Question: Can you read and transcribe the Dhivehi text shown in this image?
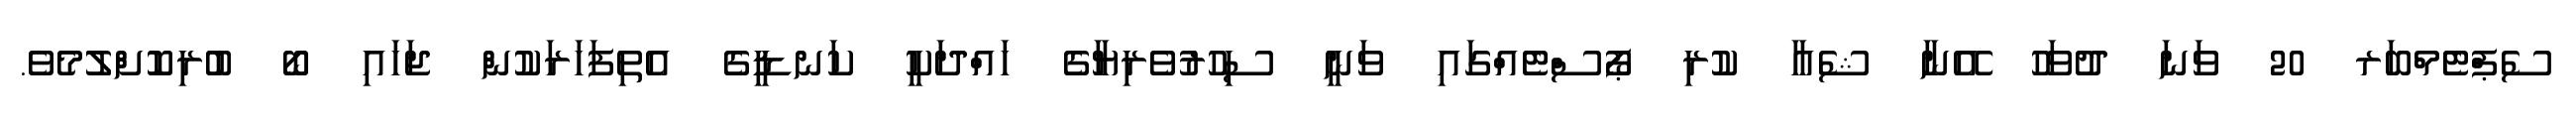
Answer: ސެޕްޓެމްބަރ 20 ވަނަ ދުވަހު އޭނާ ޝެއާ ކުރި ޕޯސްޓެއްގައި ވަނީ ސިހުރުވެރިޔާގެ ހައްދަކީ ކަނޑީގެ އެތިފަހަރަކުން ޖަހައި ބޯ ބުރިކޮށްލުމެވެ.